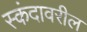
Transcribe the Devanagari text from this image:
स्कंदावरील